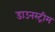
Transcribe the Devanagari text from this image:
डाउनस्‍ट्रीम